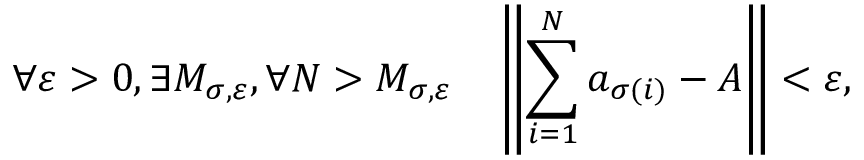
\forall \varepsilon > 0 , \exists M _ { \sigma , \varepsilon } , \forall N > M _ { \sigma , \varepsilon } \quad \left\| \sum _ { i = 1 } ^ { N } a _ { \sigma ( i ) } - A \right\| < \varepsilon ,